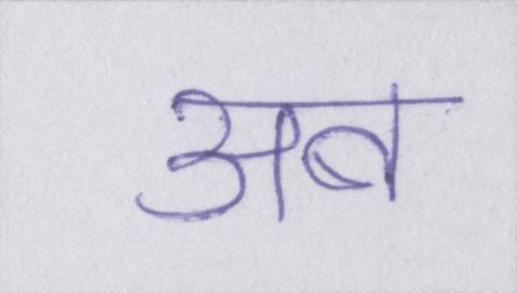
अब